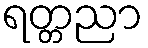
ရတ္တညာ